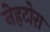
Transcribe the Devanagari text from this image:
नेहटोरा